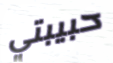
حبيبتي